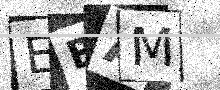
Text: EBAM